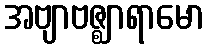
အဗျာဗဇ္ဈာရာမော